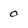
Character: 0